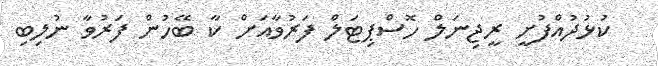
ކުޅުދުއްފުށީ ރީޖިނަލް ހޮސްޕިޓަލް ފަރުވާއަށް ކާ ބޭހުން ފަރުވާ ނުލިބި